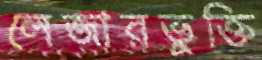
লেজারভুক্তি